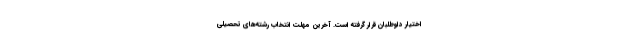
اختیار داوطلبان قرار گرفته است. آخرین مهلت انتخاب رشته‌های تحصیلی